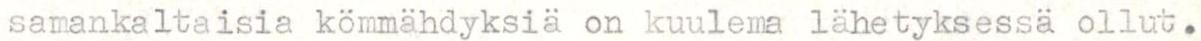
samankaltaisia kömmähdyksiä on kuulema lähetyksessä ollut.